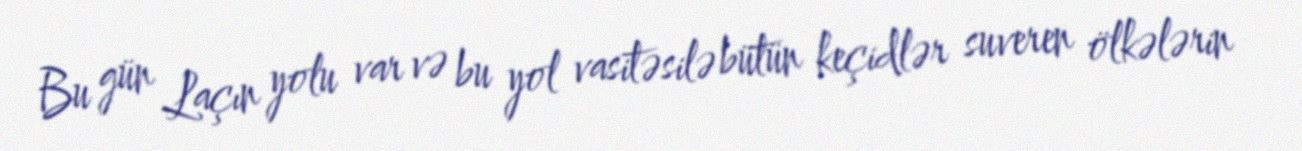
Bu gün Laçın yolu var və bu yol vasitəsilə bütün keçidlər suveren ölkələrin